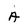
Character: a